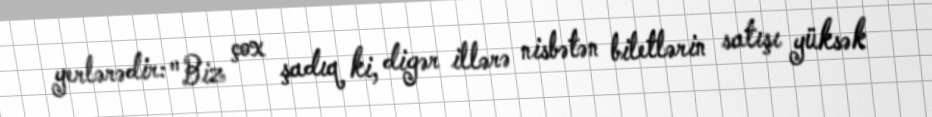
yerlərədir: "Biz çox şadıq ki, digər illərə nisbətən biletlərin satışı yüksək